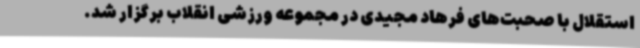
استقلال با صحبت‌های فرهاد مجیدی در مجموعه ورزشی انقلاب برگزار شد.